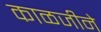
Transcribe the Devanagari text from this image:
काळजीने